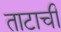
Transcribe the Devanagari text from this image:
ताटाची